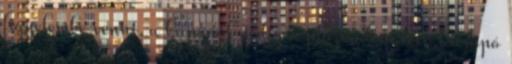
figyelembe venni, a kapónál pedig a plazmában lévő kicsapó